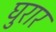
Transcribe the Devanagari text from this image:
घुरार